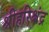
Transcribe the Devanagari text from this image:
श्रीहरिश्चंद्र